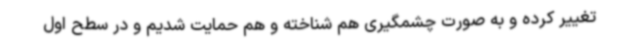
تغییر کرده و به صورت چشمگیری هم شناخته و هم حمایت شدیم و در سطح اول